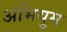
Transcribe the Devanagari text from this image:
अभियुम